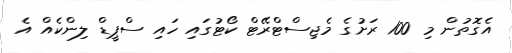
އެގޮތުން މި 100 ރަށުގެ މެޖިސްޓްރޭޓް ކޯޓުގައި ހައި ސްޕީޑް ލިންކެއް އެ